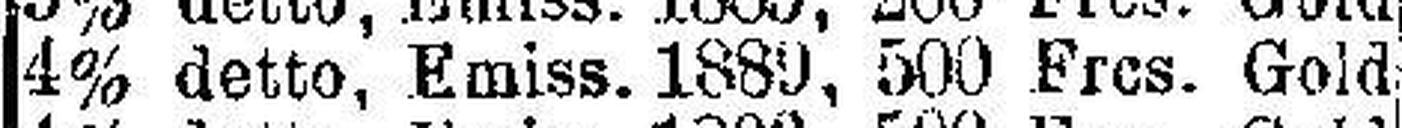
4% detto, Emiss. 1880, 500 Frcs. Gold